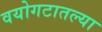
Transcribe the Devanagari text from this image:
वयोगटातल्या